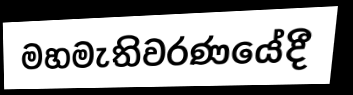
මහමැතිවරණයේදී